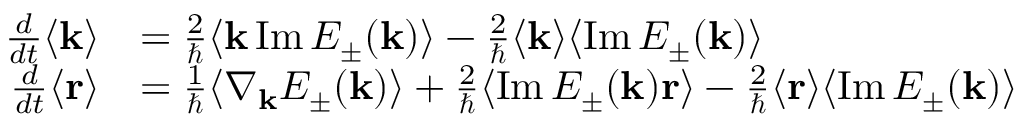
\begin{array} { r l } { \frac { d } { d t } \langle \mathbf { k } \rangle } & { = \frac { 2 } { \hbar } \langle \mathbf { k } \operatorname { I m } E _ { \pm } ( \mathbf { k } ) \rangle - \frac { 2 } { \hbar } \langle \mathbf { k } \rangle \langle \operatorname { I m } E _ { \pm } ( \mathbf { k } ) \rangle } \\ { \frac { d } { d t } \langle \mathbf { r } \rangle } & { = \frac { 1 } { \hbar } \langle \nabla _ { \mathbf { k } } E _ { \pm } ( \mathbf { k } ) \rangle + \frac { 2 } { \hbar } \langle \operatorname { I m } E _ { \pm } ( \mathbf { k } ) \mathbf { r } \rangle - \frac { 2 } { \hbar } \langle \mathbf { r } \rangle \langle \operatorname { I m } E _ { \pm } ( \mathbf { k } ) \rangle } \end{array}